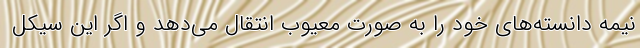
نیمه دانسته‌های خود را به صورت معیوب انتقال می‌دهد و اگر این سیکل